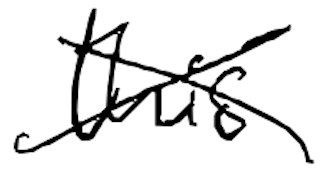
Text: this
Cross-out: cross
Writing tool: digital_black